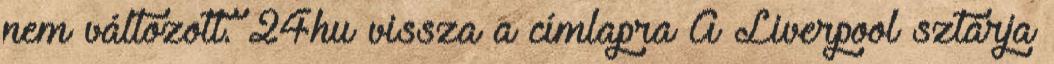
nem változott. 24hu vissza a címlapra A Liverpool sztárja